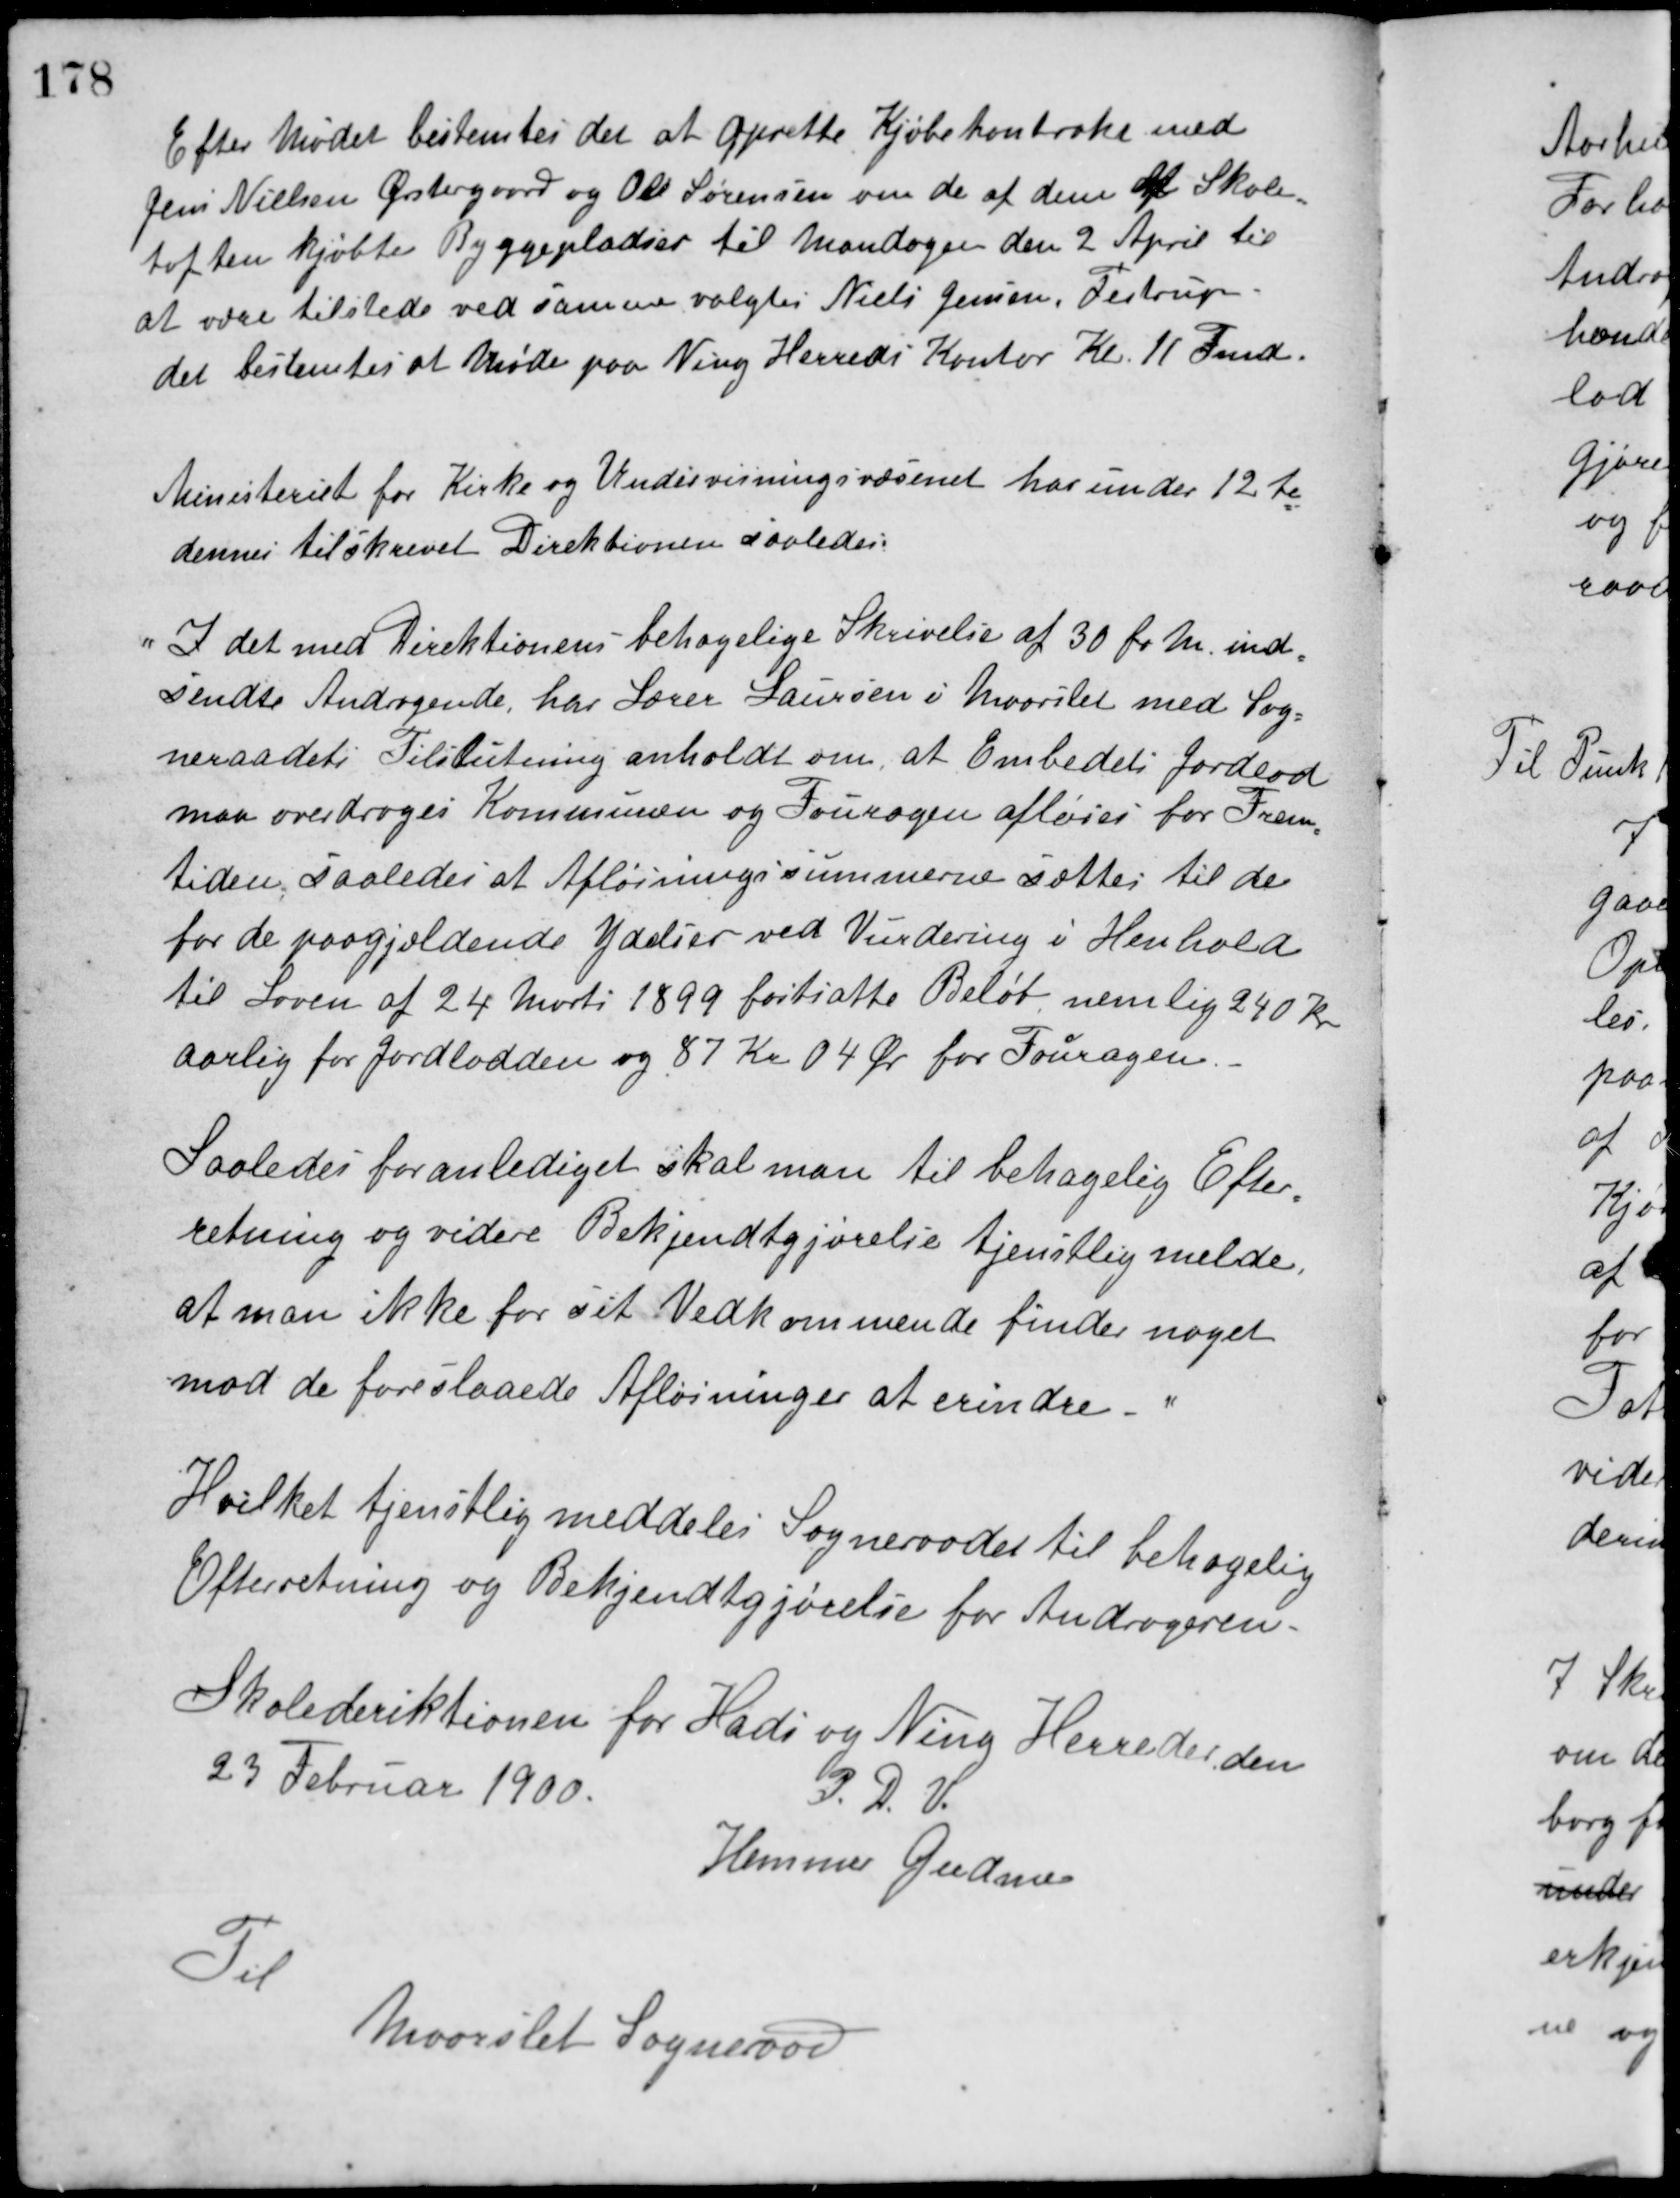
Transskription:
Efter Mødet bestemtes det at oprette Kjøbekontrakt med
Jens Nielsen Ørstergaard og Ole Sørensen om de af dem af Skole-
toften kjøbte Byggepladser til Mandagen den 2 April til
at være tilstede ved samme valgtes Niels Jensen, Testrup.
det bestemtes at Møde paa Ning Herreds Kontor Kl. 11 Fmd.
Ministeriet for Kirke og Undervisningsvæsenet har under 12te
dennes tilskrevet Direktionen saaledes:
"I det med Direktionens behagelige Skrivelse af 30 f. M. ind-
sendte Andragende, har Lærer Laursen i Maarslet med Sog-
neraadets Tilslutning anholdt om, at Embedets Jordlod
maa overdrages Kommunen og Fouragen afløses for Frem-
tiden, saaledes at Afløsningssummerne sættes til de
for de paagjældende Ydelser ved Vurdering i Henhold
til Loven af 24 Marts 1899 fastsatte Beløb nemlig 240 Kr.
aarlig for Jordlodden og 87 Kr. 04 Øre for Fouragen.
Saaledes foranlediget skal man til behagelig Efter-
retning og videre Bekjendtgjørelse tjenstlig melde,
at man ikke for sit Vedkommende finder noget
mod de foreslaaede Afløsninger at erindre."
Hvilket tjenstlig meddeles Sogneraadet til behagelig
Efterretning og Bekjendtgjørelse for Andrageren.
Skoledirektionen for Hads og Ning Herreder den
23 Februar 1900.
P. D. V.
Hemmer Gudme
Til
Maarslet Sogneraad